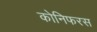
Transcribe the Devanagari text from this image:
कोनिफरस